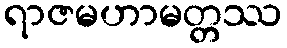
ရာဇမဟာမတ္တဿ